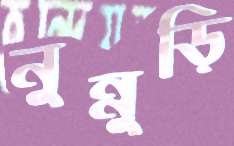
নুন্নুড়ি